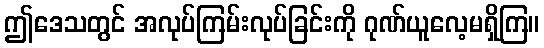
ဤဒေသတွင် အလုပ်ကြမ်းလုပ်ခြင်းကို ဂုဏ်ယူလေ့မရှိကြ။